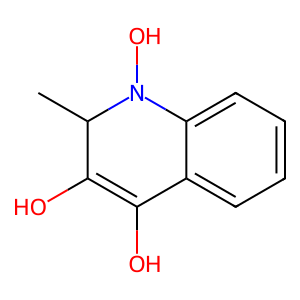
SMILES: CC1C(O)=C(O)c2ccccc2N1O
Inhibits HIV replication: No